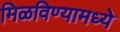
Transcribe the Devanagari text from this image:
मिळविण्यामध्ये